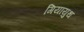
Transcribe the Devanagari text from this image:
गियायुथ